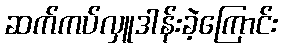
ဆက်ကပ်လှူဒါန်းခဲ့ကြောင်း